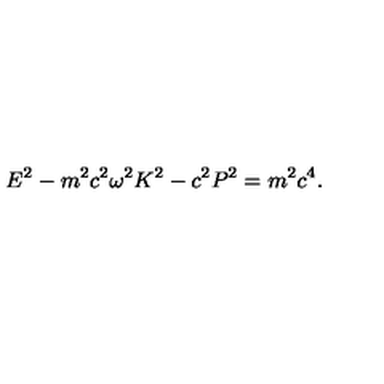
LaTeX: E ^ { 2 } - m ^ { 2 } c ^ { 2 } \omega ^ { 2 } K ^ { 2 } - c ^ { 2 } P ^ { 2 } = m ^ { 2 } c ^ { 4 } .